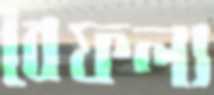
বৈফল্য